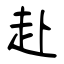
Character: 赴